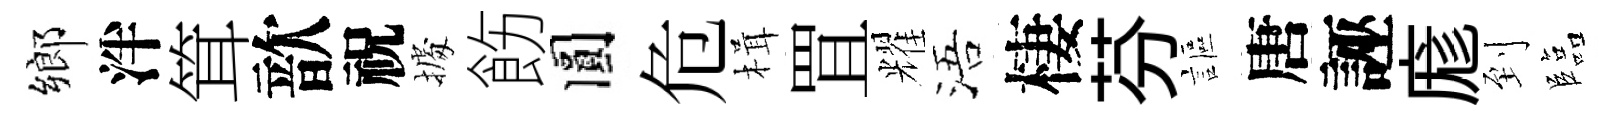
鄉泮䇯歆祝𢴃飭圓危楫罝耀浯棲芬謳唐誣庬到臨